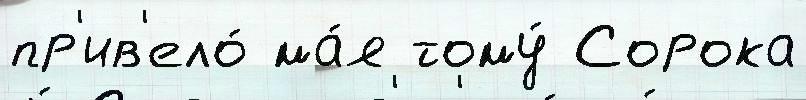
пр'ив'ело́ ма́я тому́ Сорока